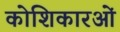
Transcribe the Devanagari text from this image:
कोशिकारओं